Indian journal of veterinary science and animal husbandry - Volume 10,
Year: 1940
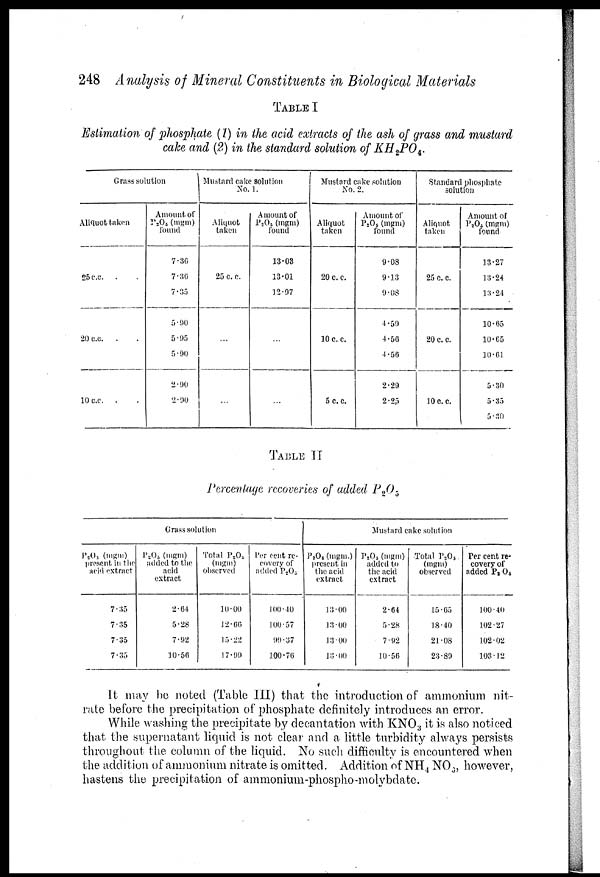
248 Analysis of Mineral Constituents in Biological Materials
TABLE I
Estimation of phosphate (1) in the acid extracts of the ash of grass and mustard
cake and (2) in the standard solution of KH 2 PO 4 .
Grass solution
Aliquot taken
25 c.c. . .
20 c.c. . .
10 c.c. . .
Amount of
P 2 O 5 (mgm)
found
7.36
7.36
7.35
5.90
5.95
5.90
2.90
2.90
Mustard cake solution
No. 1.
Aliquot
taken
25 c. c.
...
...
A mount of
P 2 O 5 (mgm)
found
13.03
13.01
12.97
...
...
Mustard cake solution
No. 2.
Aliquot
taken
20 c. c.
10 c. c.
5 c.c.
Amount of
P 2 O 5 (mgm)
found
9.08
9.13
9.08
4.59
4.56
4.56
2.29
2.25
Standard phosphate
solution
Aliquot
taken
25 c. c.
20 c. c.
10 c.c.
Amount of
P 2 O 5 (mgm)
found
13.27
13.24
13.24
10.65
10.65
10.61
5.30
5.35
5.30
TABLE II
Percentage recoveries of added P 2 O 5
Grass solution
P 2 O 5 (mgm)
present in the
acid extract
7.35
7.35
7.35
7.35
P 2 O 5 (mgm)
added to the
acid
extract
2.64
5.28
7.92
10.56
Total P 2 O 5
(mgm)
observed
10.00
12.66
15.22
17.99
Per cent re-
covery of
added P 2 O 5
100.40
100.57
99.37
100.76
Mustard cake solution
P 2 O 5 (mgm.)
present in
the acid
extract
13.00
13.00
13.00
13.00
P 2 O 5 (mgm)
added to
the acid
extract
2.64
5.28
7.92
10.56
Total P 2 O 5
(mgm)
observed
15.65
18.40
21.08
23.89
Per cent re-
covery of
added P 2 O 5
100.40
102.27
102.02
103.12
It may be noted (Table III) that the introduction of ammonium nit-
rate before the precipitation of phosphate definitely introduces an error.
While washing the precipitate by decantation with KNO 3 it is also noticed
that the supernatant liquid is not clear and a little turbidity always persists
throughout the column of the liquid. No such difficulty is encountered when
the addition of ammonium nitrate is omitted. Addition of NH 4 NO 3 , however,
hastens the precipitation of ammonium-phospho-molybdate.